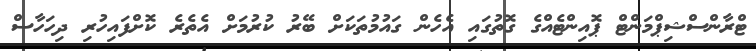
ޓްރާންސްޝިޕްމަންޓް ޕޮއިންޓެއްގެ ގޮތުގައި އެހެން ގައުމުތަކަށް ބޭރު ކުރުމަށް އެތެރެ ކޮށްފައިހުރި ދިހަހާސް